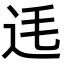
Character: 𨑺